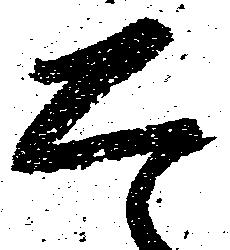
は